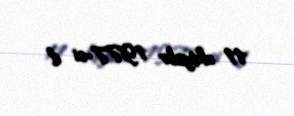
11 oktyabr 1977-ci il